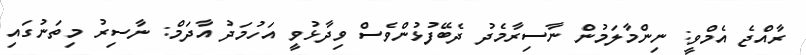
ރާއްޖެ އެމްވީ: ނިންމާލަމުން ނާސިރާމެދު ދެބޭފުޅުންވެސް ވިދާޅުވީ އަހުމަދު އާދަމް: ނާސިރު މިތަނުގައި